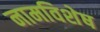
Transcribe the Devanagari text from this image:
नामविशेष